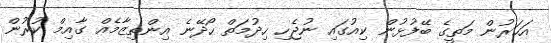
އަހަރުން މަތީގެ ބޭފުޅުން ކިއުގައި ނުޖެހި ހިދުމަތް ހޯދޭނެ އިންތިޒާމެއް ގާއިމް ކުރުން